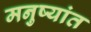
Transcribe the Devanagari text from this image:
मनुष्यांत